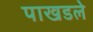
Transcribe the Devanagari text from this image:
पाखडले